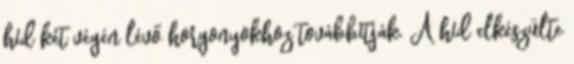
híd két végén lévő horgonyokhoz továbbítják. A híd elkészülte